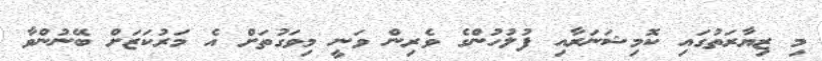
މި ޒިޔާރަތުގައި ކޮމިޝަނަރާއި ފުލުހުންގެ ވެރިން ވަނީ މިވަގުތަށް އެ މަރުކަޒަށް ބޭނުންވާ